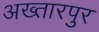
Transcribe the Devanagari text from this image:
अख्तारपुर